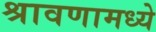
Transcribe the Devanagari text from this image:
श्रावणामध्ये